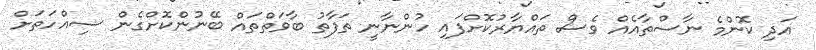
އަދި ކޮންމެ ނާސްތާއެއް ވެސް ތައްޔާރުކޮށްފައި ހުންނާނީ ތަފާތު ބާވަތްތައް ބޭނުންކޮށްގެން ސިއްހަތަށް